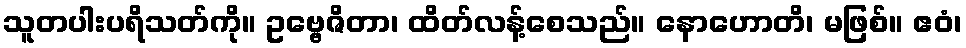
သူတပါးပရိသတ်ကို။ ဥဗ္ဗေဇိတာ၊ ထိတ်လန့်စေသည်။ နောဟောတိ၊ မဖြစ်။ ဧဝံ၊